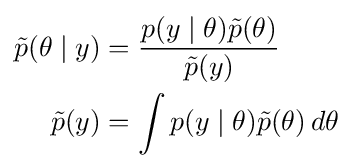
{\begin{aligned}{\tilde {p}}(\theta \mid y)&={\frac {p(y\mid \theta ){\tilde {p}}(\theta )}{{\tilde {p}}(y)}}\\{\tilde {p}}(y)&=\int p(y\mid \theta ){\tilde {p}}(\theta )\,d\theta \end{aligned}}